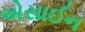
એસાઈન